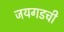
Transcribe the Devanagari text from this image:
जयगडची